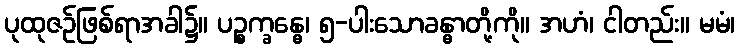
ပုထုဇဉ်ဖြစ်ရာအခါ၌။ ပဉ္စက္ခန္ဓေ၊ ၅-ပါးသောခန္ဓာတို့ကို။ အဟံ၊ ငါတည်း။ မမံ၊